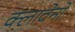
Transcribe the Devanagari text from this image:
क्लावेनो